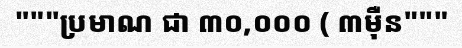
"""ប្រមាណ ជា ៣០,០០០ ( ៣ម៉ឺន"""